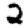
Digit: 2